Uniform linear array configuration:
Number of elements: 4
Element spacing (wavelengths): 0.5
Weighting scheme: binomial
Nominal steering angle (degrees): -15
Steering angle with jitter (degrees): -14.223
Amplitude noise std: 0.05
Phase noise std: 0.05

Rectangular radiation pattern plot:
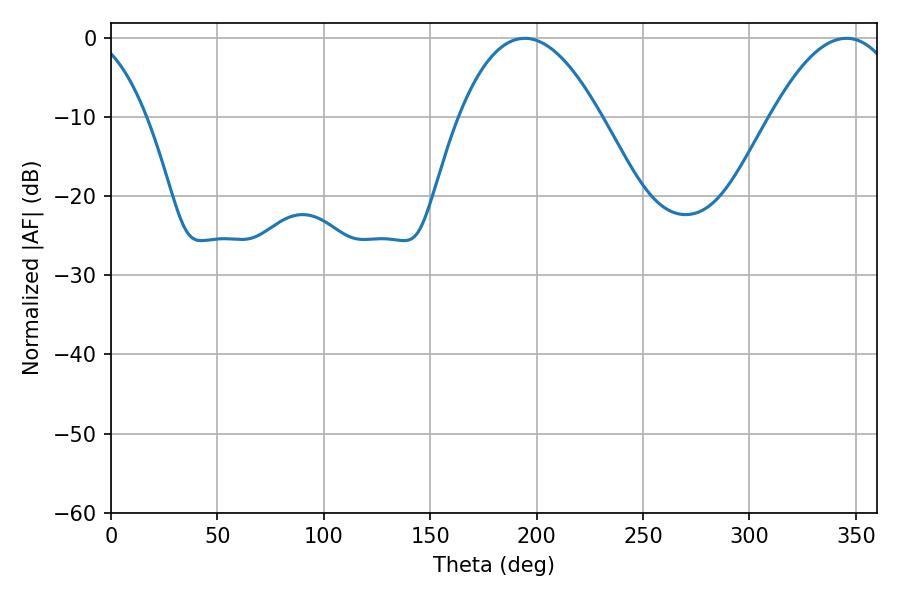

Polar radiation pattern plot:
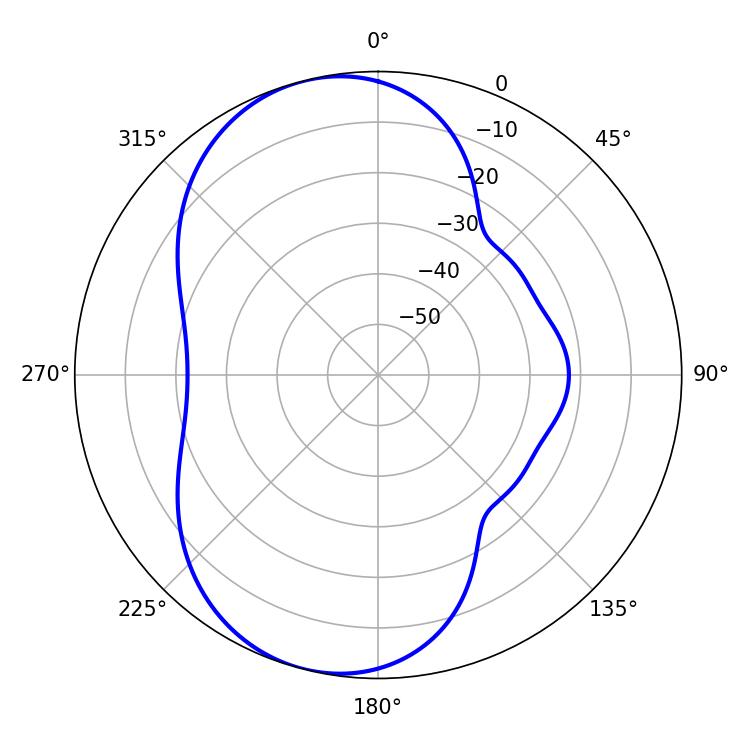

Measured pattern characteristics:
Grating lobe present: FALSE
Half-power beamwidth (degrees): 36.72
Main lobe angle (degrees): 194.4